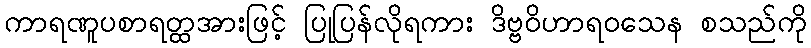
ကာရဏူပစာရတ္ထအားဖြင့် ပြုပြန်လိုရကား ဒိဗ္ဗဝိဟာရဝသေန စသည်ကို